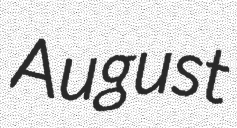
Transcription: August